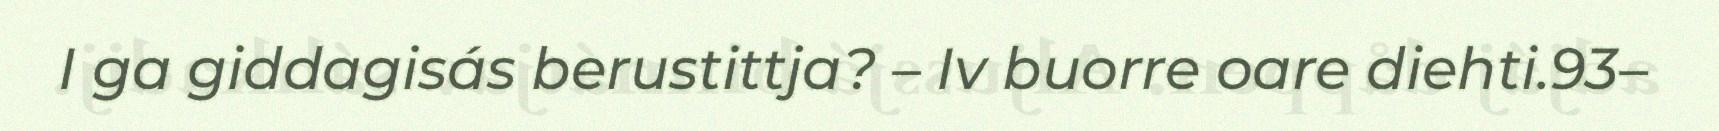
I ga giddagisás berustittja? – Iv buorre oare diehti.93–